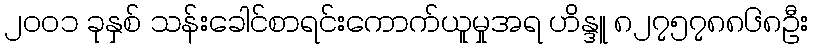
၂၀၀၁ ခုနှစ် သန်းခေါင်စာရင်းကောက်ယူမှုအရ ဟိန္ဒူ ၈၂၇၅၇၈၈၆၈ဦး